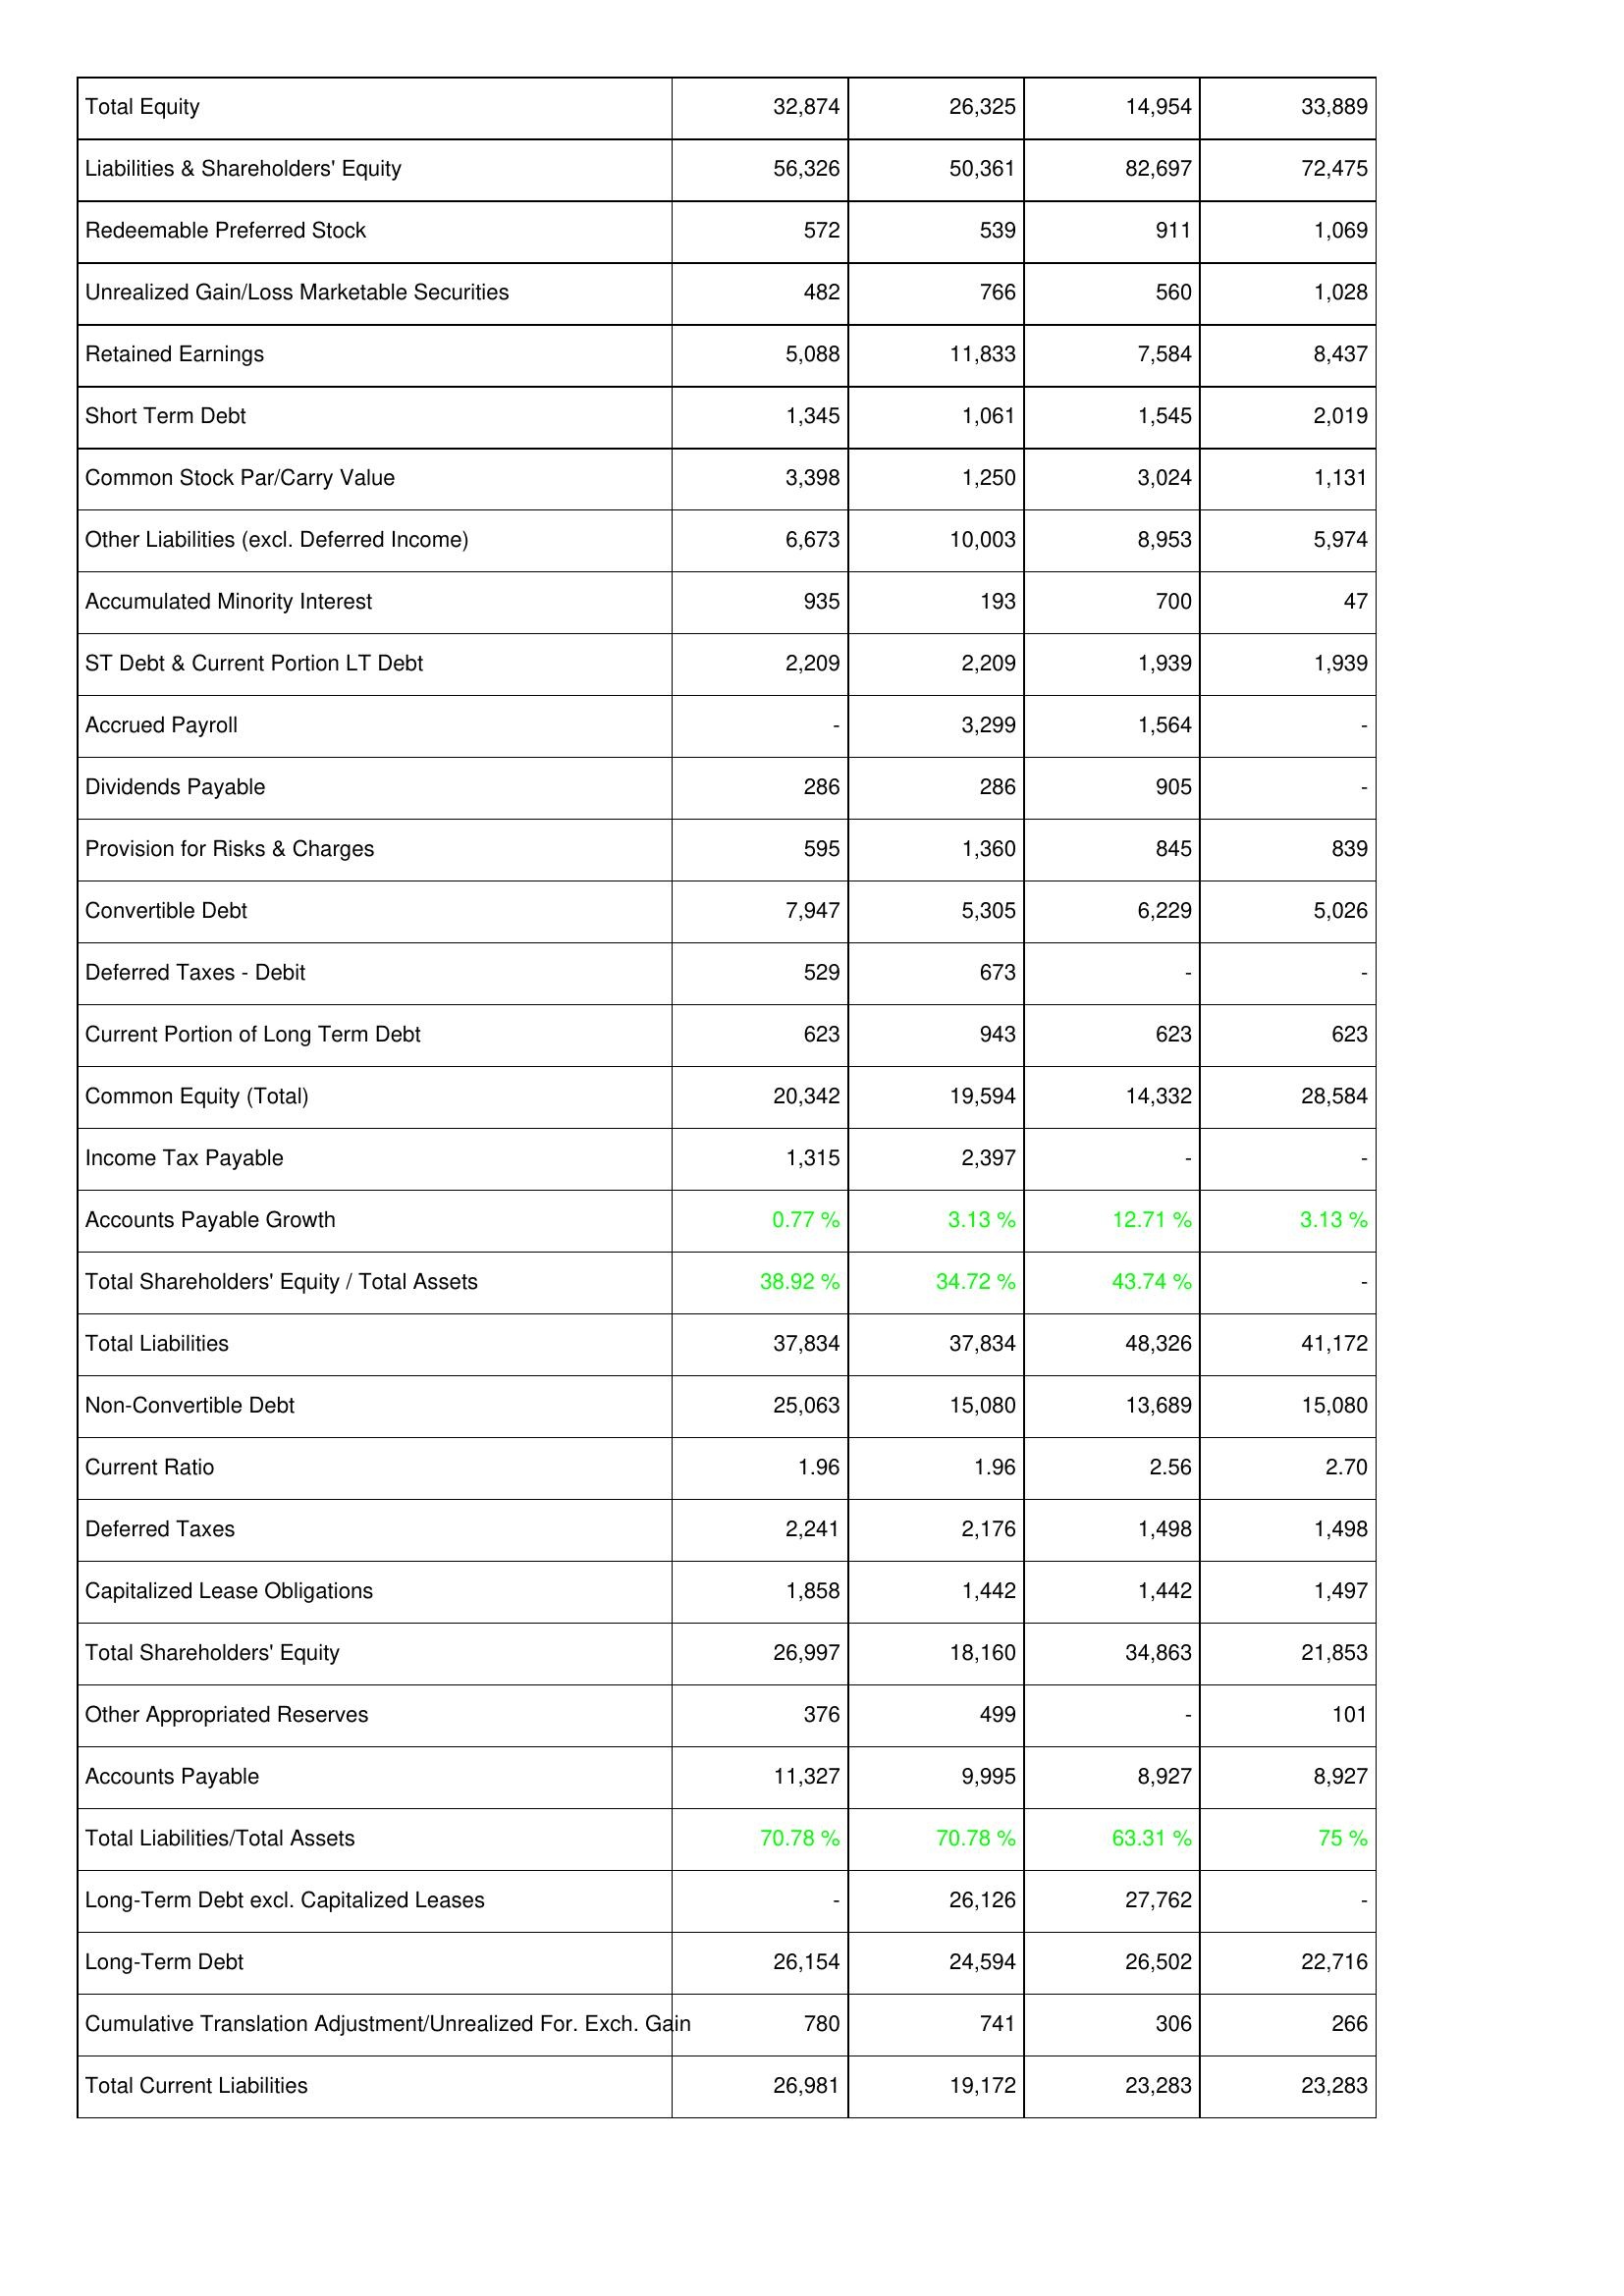
2008: Liabilities & Shareholders' Equity: Total Equity: 32,874
Liabilities & Shareholders' Equity: 56,326
Redeemable Preferred Stock: 572
Unrealized Gain/Loss Marketable Securities: 482
Retained Earnings: 5,088
Short Term Debt: 1,345
Common Stock Par/Carry Value: 3,398
Other Liabilities (excl. Deferred Income): 6,673
Accumulated Minority Interest: 935
ST Debt & Current Portion LT Debt: 2,209
Accrued Payroll: -
Dividends Payable: 286
Provision for Risks & Charges: 595
Convertible Debt: 7,947
Deferred Taxes - Debit: 529
Current Portion of Long Term Debt: 623
Common Equity (Total): 20,342
Income Tax Payable: 1,315
Accounts Payable Growth: 0.77 %
Total Shareholders' Equity / Total Assets: 38.92 %
Total Liabilities: 37,834
Non-Convertible Debt: 25,063
Current Ratio: 1.96
Deferred Taxes: 2,241
Capitalized Lease Obligations: 1,858
Total Shareholders' Equity: 26,997
Other Appropriated Reserves: 376
Accounts Payable: 11,327
Total Liabilities/Total Assets: 70.78 %
Long-Term Debt excl. Capitalized Leases: -
Long-Term Debt: 26,154
Cumulative Translation Adjustment/Unrealized For. Exch. Gain: 780
Total Current Liabilities: 26,981
2009: Liabilities & Shareholders' Equity: Total Equity: 26,325
Liabilities & Shareholders' Equity: 50,361
Redeemable Preferred Stock: 539
Unrealized Gain/Loss Marketable Securities: 766
Retained Earnings: 11,833
Short Term Debt: 1,061
Common Stock Par/Carry Value: 1,250
Other Liabilities (excl. Deferred Income): 10,003
Accumulated Minority Interest: 193
ST Debt & Current Portion LT Debt: 2,209
Accrued Payroll: 3,299
Dividends Payable: 286
Provision for Risks & Charges: 1,360
Convertible Debt: 5,305
Deferred Taxes - Debit: 673
Current Portion of Long Term Debt: 943
Common Equity (Total): 19,594
Income Tax Payable: 2,397
Accounts Payable Growth: 3.13 %
Total Shareholders' Equity / Total Assets: 34.72 %
Total Liabilities: 37,834
Non-Convertible Debt: 15,080
Current Ratio: 1.96
Deferred Taxes: 2,176
Capitalized Lease Obligations: 1,442
Total Shareholders' Equity: 18,160
Other Appropriated Reserves: 499
Accounts Payable: 9,995
Total Liabilities/Total Assets: 70.78 %
Long-Term Debt excl. Capitalized Leases: 26,126
Long-Term Debt: 24,594
Cumulative Translation Adjustment/Unrealized For. Exch. Gain: 741
Total Current Liabilities: 19,172
2010: Liabilities & Shareholders' Equity: Total Equity: 14,954
Liabilities & Shareholders' Equity: 82,697
Redeemable Preferred Stock: 911
Unrealized Gain/Loss Marketable Securities: 560
Retained Earnings: 7,584
Short Term Debt: 1,545
Common Stock Par/Carry Value: 3,024
Other Liabilities (excl. Deferred Income): 8,953
Accumulated Minority Interest: 700
ST Debt & Current Portion LT Debt: 1,939
Accrued Payroll: 1,564
Dividends Payable: 905
Provision for Risks & Charges: 845
Convertible Debt: 6,229
Deferred Taxes - Debit: -
Current Portion of Long Term Debt: 623
Common Equity (Total): 14,332
Income Tax Payable: -
Accounts Payable Growth: 12.71 %
Total Shareholders' Equity / Total Assets: 43.74 %
Total Liabilities: 48,326
Non-Convertible Debt: 13,689
Current Ratio: 2.56
Deferred Taxes: 1,498
Capitalized Lease Obligations: 1,442
Total Shareholders' Equity: 34,863
Other Appropriated Reserves: -
Accounts Payable: 8,927
Total Liabilities/Total Assets: 63.31 %
Long-Term Debt excl. Capitalized Leases: 27,762
Long-Term Debt: 26,502
Cumulative Translation Adjustment/Unrealized For. Exch. Gain: 306
Total Current Liabilities: 23,283
2011: Liabilities & Shareholders' Equity: Total Equity: 33,889
Liabilities & Shareholders' Equity: 72,475
Redeemable Preferred Stock: 1,069
Unrealized Gain/Loss Marketable Securities: 1,028
Retained Earnings: 8,437
Short Term Debt: 2,019
Common Stock Par/Carry Value: 1,131
Other Liabilities (excl. Deferred Income): 5,974
Accumulated Minority Interest: 47
ST Debt & Current Portion LT Debt: 1,939
Accrued Payroll: -
Dividends Payable: -
Provision for Risks & Charges: 839
Convertible Debt: 5,026
Deferred Taxes - Debit: -
Current Portion of Long Term Debt: 623
Common Equity (Total): 28,584
Income Tax Payable: -
Accounts Payable Growth: 3.13 %
Total Shareholders' Equity / Total Assets: -
Total Liabilities: 41,172
Non-Convertible Debt: 15,080
Current Ratio: 2.70
Deferred Taxes: 1,498
Capitalized Lease Obligations: 1,497
Total Shareholders' Equity: 21,853
Other Appropriated Reserves: 101
Accounts Payable: 8,927
Total Liabilities/Total Assets: 75 %
Long-Term Debt excl. Capitalized Leases: -
Long-Term Debt: 22,716
Cumulative Translation Adjustment/Unrealized For. Exch. Gain: 266
Total Current Liabilities: 23,283